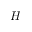
H